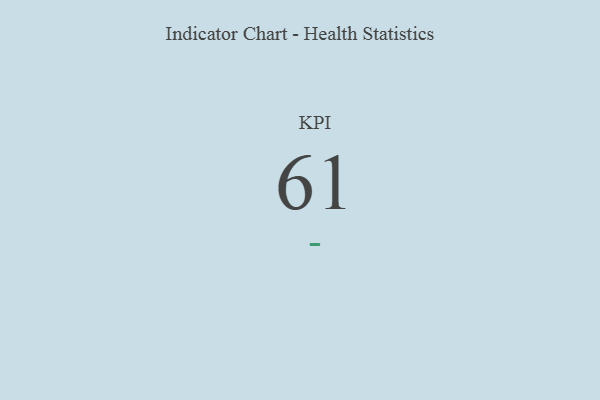
{"axis": {"x": "KPI", "y": "Value"}, "legend": [""], "data": [{"x": "KPI", "y": 61, "type": ""}]}